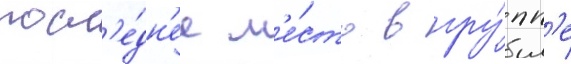
посл'е́дн'ее м'е́сто в гру́пп'е